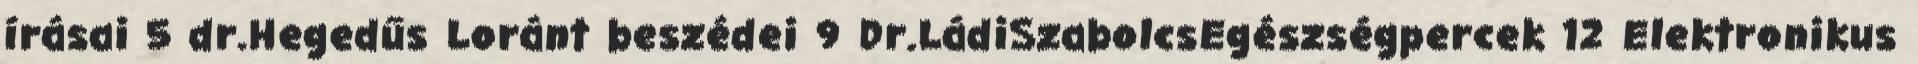
írásai 5 dr.Hegedűs Loránt beszédei 9 Dr.LádiSzabolcsEgészségpercek 12 Elektronikus